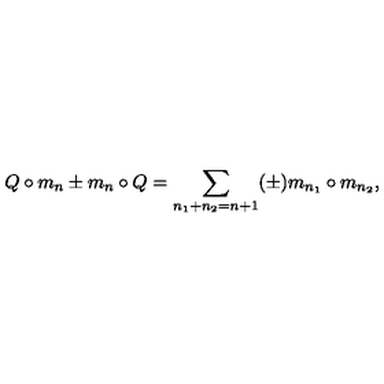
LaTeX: Q \circ m _ { n } \pm m _ { n } \circ Q = \sum _ { n _ { 1 } + n _ { 2 } = n + 1 } ( \pm ) m _ { n _ { 1 } } \circ m _ { n _ { 2 } } ,